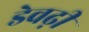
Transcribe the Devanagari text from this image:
डेवढ़ी